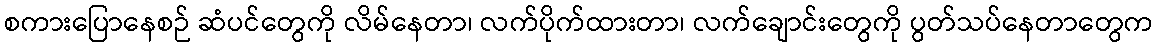
စကားပြောနေစဉ် ဆံပင်တွေကို လိမ်နေတာ၊ လက်ပိုက်ထားတာ၊ လက်ချောင်းတွေကို ပွတ်သပ်နေတာတွေက